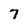
Character: 7